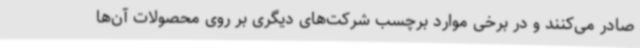
صادر می‌کنند و در برخی موارد برچسب شرکت‌های دیگری بر روی محصولات آن‌ها